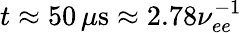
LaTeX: t\approx 50\, \mu\mathrm{s}\approx 2.78\nu_{ee}^{-1}